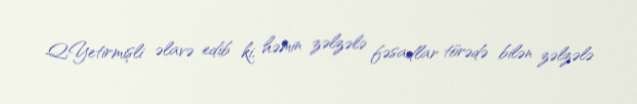
Q.Yetirmişli əlavə edib ki, həmin zəlzələ fəsadlar törədə bilən zəlzələ